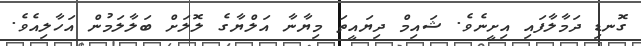
ގޮނޑި ދަމާލާފައި އިށީނެވެ. ޝައިމް ދިޔައީތަ މިޔާނާ އަލްޔާގެ ލޮލަށް ބަލާލަމުން އަހާލިއެވެ.